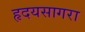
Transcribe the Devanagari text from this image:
हृदयसागरा